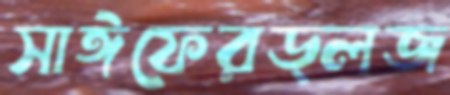
সাঈফেরড্লজ